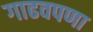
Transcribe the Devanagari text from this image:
गाढवपणा